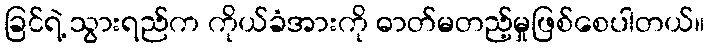
ခြင်ရဲ့ သွားရည်က ကိုယ်ခံအားကို ဓာတ်မတည့်မှုဖြစ်စေပါတယ်။